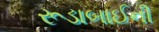
રૂડાબાઈની